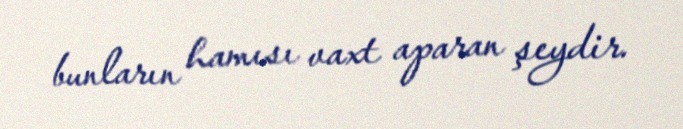
bunların hamısı vaxt aparan şeydir.